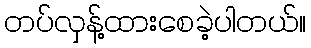
တပ်လှန့်ထားစေခဲ့ပါတယ်။